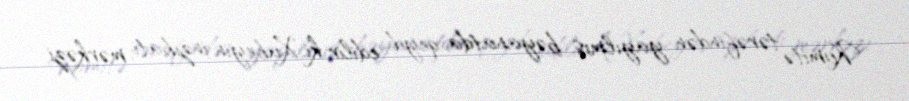
Komitə tərəfindən yayılmış bəyanatda qeyd edilir ki, Xubeyin inzibati mərkəzi